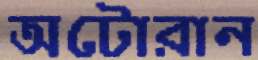
অটোরান